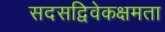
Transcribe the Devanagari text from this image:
सदसद्विवेकक्षमता